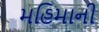
મહિમાની